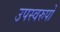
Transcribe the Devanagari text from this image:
उपस्वरुपों